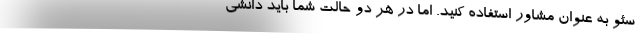
سئو به عنوان مشاور استفاده کنید. اما در هر دو حالت شما باید دانشی